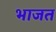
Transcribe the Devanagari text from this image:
भाजत